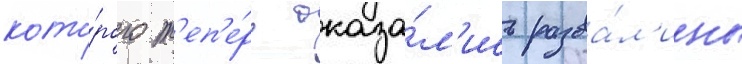
кото́рого т'еп'е́рь оказа́л'ись разва́л'ины